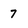
Character: 7